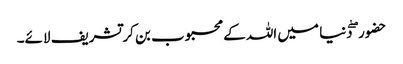
حضور ۖ دنیا میں اللہ کے محبوب بن کر تشریف لائے۔